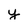
Character: y